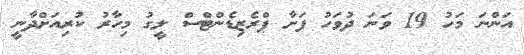
އަންނަ މަހު 19 ވަނަ ދުވަހު ފަށާ ޕްރެޒިޑެންޓްސް ލީގު މިހާރު ކުރިއަށްދާނީ